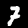
Label: 7